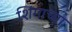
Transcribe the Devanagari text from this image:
शिंगाच्या